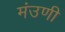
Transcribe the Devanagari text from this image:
मंउणी